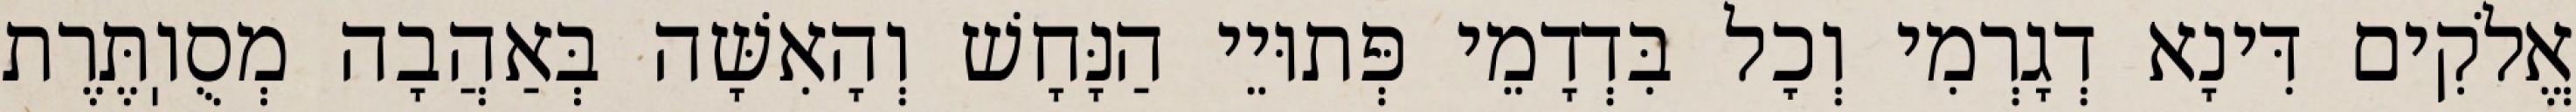
אֱלֹקִים דִּינָא דְגָרְמִי וְכׇל בִּדְדָמֵי פְּתוּיֵי הַנָּחָשׁ וְהָאִשָּׁה בְּאַהֲבָה מְסֻוֽתֶּרֶת